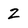
Character: Z